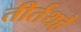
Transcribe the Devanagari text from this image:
तीर्तथहै